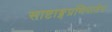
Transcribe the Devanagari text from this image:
साष्टाङ्गप्रणिपातेन